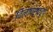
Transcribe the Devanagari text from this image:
विलापस्वरूप